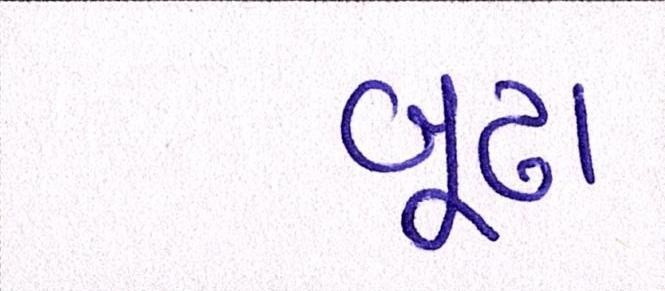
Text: બૂઢા